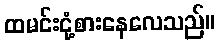
ထမင်းငုံ့စားနေလေသည်။